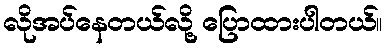
လိုအပ်နေတယ်လို့ ပြောထားပါတယ်။